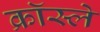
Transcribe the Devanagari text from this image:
क्रॉस्ले